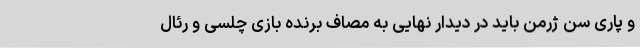
و پاری سن ژرمن باید در دیدار نهایی به مصاف برنده بازی چلسی و رئال